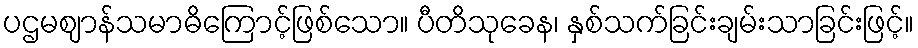
ပဌမဈာန်သမာဓိကြောင့်ဖြစ်သော။ ပီတိသုခေန၊ နှစ်သက်ခြင်းချမ်းသာခြင်းဖြင့်။